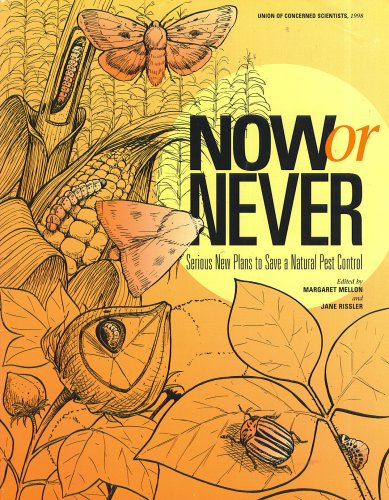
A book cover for Now or Never Serious New Plans to Save a Natural Pest Control; Crafts, Hobbies & Home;